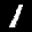
Label: 1